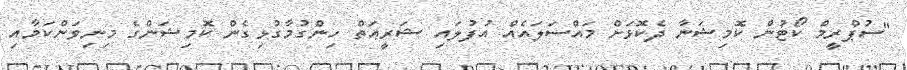
"ސުޕްރީމް ކޯޓުން ކޮމިޝަނާ ދެކޮޅަށް މައްސަލައެއް އުފުލައި ޝަރީޢަތް ހިންގުމާގުޅިގެން ކޮމިޝަންގެ މިނިވަންކަމާއި